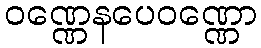
ဝဏ္ဏေနပေဝဏ္ဏော